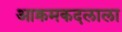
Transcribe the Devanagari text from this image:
आक्रमकदलाला